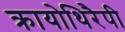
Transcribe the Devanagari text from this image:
क्रायोथिरैपी